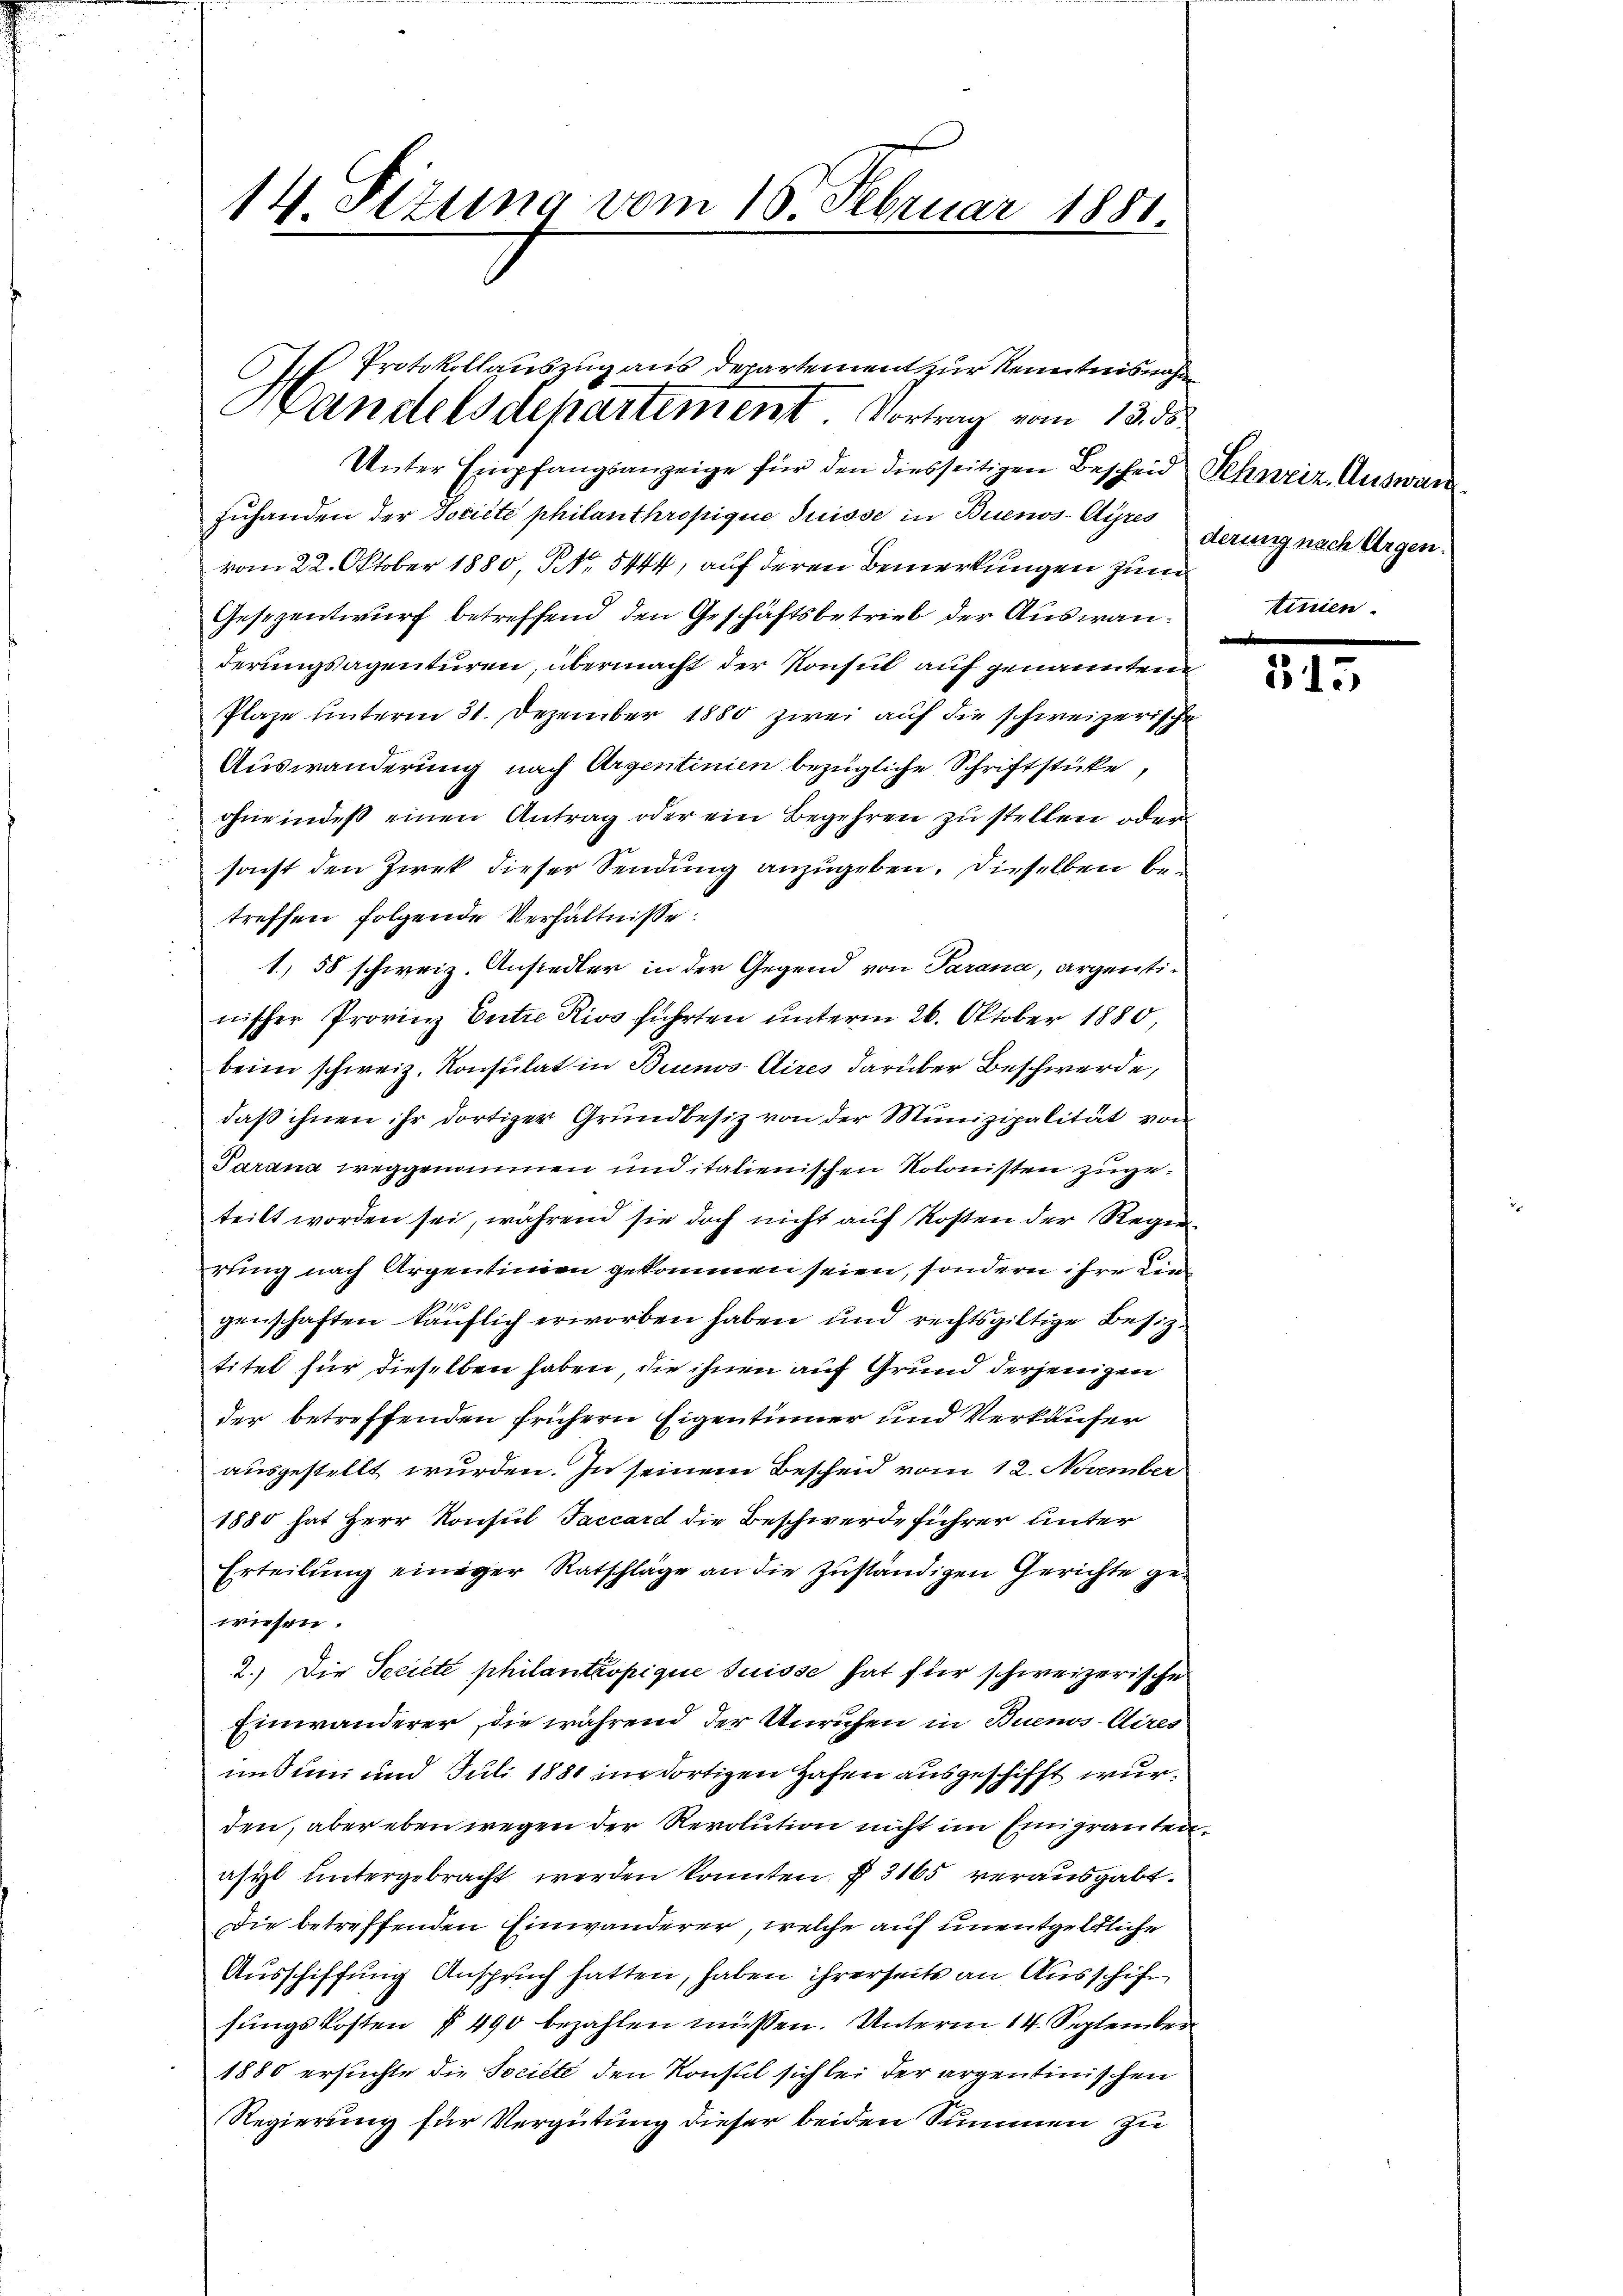
14. Sizung vom 18. Februar 1881

Protokollauszug aus Departement zur Kenntnisnahm
Handelsdepartement. Vortrag vom 13. d.

Unter Empfangsanzeige für den diesseitigen Bescheid Schweiz. Auswärzŭhanden der Societe philanthropignie Suisse in Buenos-Ayres derung nach Ergen.
vom 22. Oktober 1880, NNo. 5444, auf deren Bemerkungen zum
Gesezentwurf betreffend den Geschäftsbetrieb der Auswanderungsagenturen, übermacht der Konsul auf genannten
Plaze unterm 31. Dezember 1880 zwei auf die schweizerische
Auswanderung nach Argentinien bezügliche Schriftstücke,
ohne indeß einen Antrag oder ein Begehren zu stellen oder
sonst den Zwek dieser Sendung anzugeben. Dieselben betreffen folgende Verhältnisse.
1, 58 schweiz. Ansiedler in der Gegend von Parana, argentinischer Provinz Entre Rivs führten unterm 26. Oktober 1880,
beim schweiz. Konsulat in Buenos-Aires darüber Beschwerde,
daβ ihnen ihr dortiger Grundbesiz von der Munizipalität von
Parana weggenommen und italienischen Kolonisten zugeteilt worden sei, während sie doch nicht auf Kosten der Regierung nach Argentinien gekommen seien, sondern ihre Liegenschaften käuflich erworben haben und rechtsgültige Besiztitet für dieselben haben, die ihnen auf Grund derjenigen
der betreffenden frühern Eigentümer und Verkäufer
ausgestellt wurden. In seinem Bescheid vom 12. November
1880 hat Herr Konsul Taccard die Beschwerde führer unter
Erteilung einiger Ratschläge an die zuständigen Gerichte gewiesen.
2.) Die Societe philantropique suisse hat für schweizerische
Einwanderer, die während der Unruhen in Buenos-Aires
imdum und Juli 1881 im dortigen Hafen ausgeschifft wurden, aber eben wegen der Revolution nicht im Emigranten
asyl untergebracht werden konnten, § 3165 verausgabt.
Die betreffenden Einwanderer, welche auf unentgeldliche
Ausschiffung Anspruch hatten, haben ihrerseits an Ausschifsungskosten § 490 bezahlen müssen. Unterm 14. September
1880 ersuchte die Societe den Konsul sich bei der argentinischen
Regierung für Vergütung dieser beiden Summen zu

tinien.

515